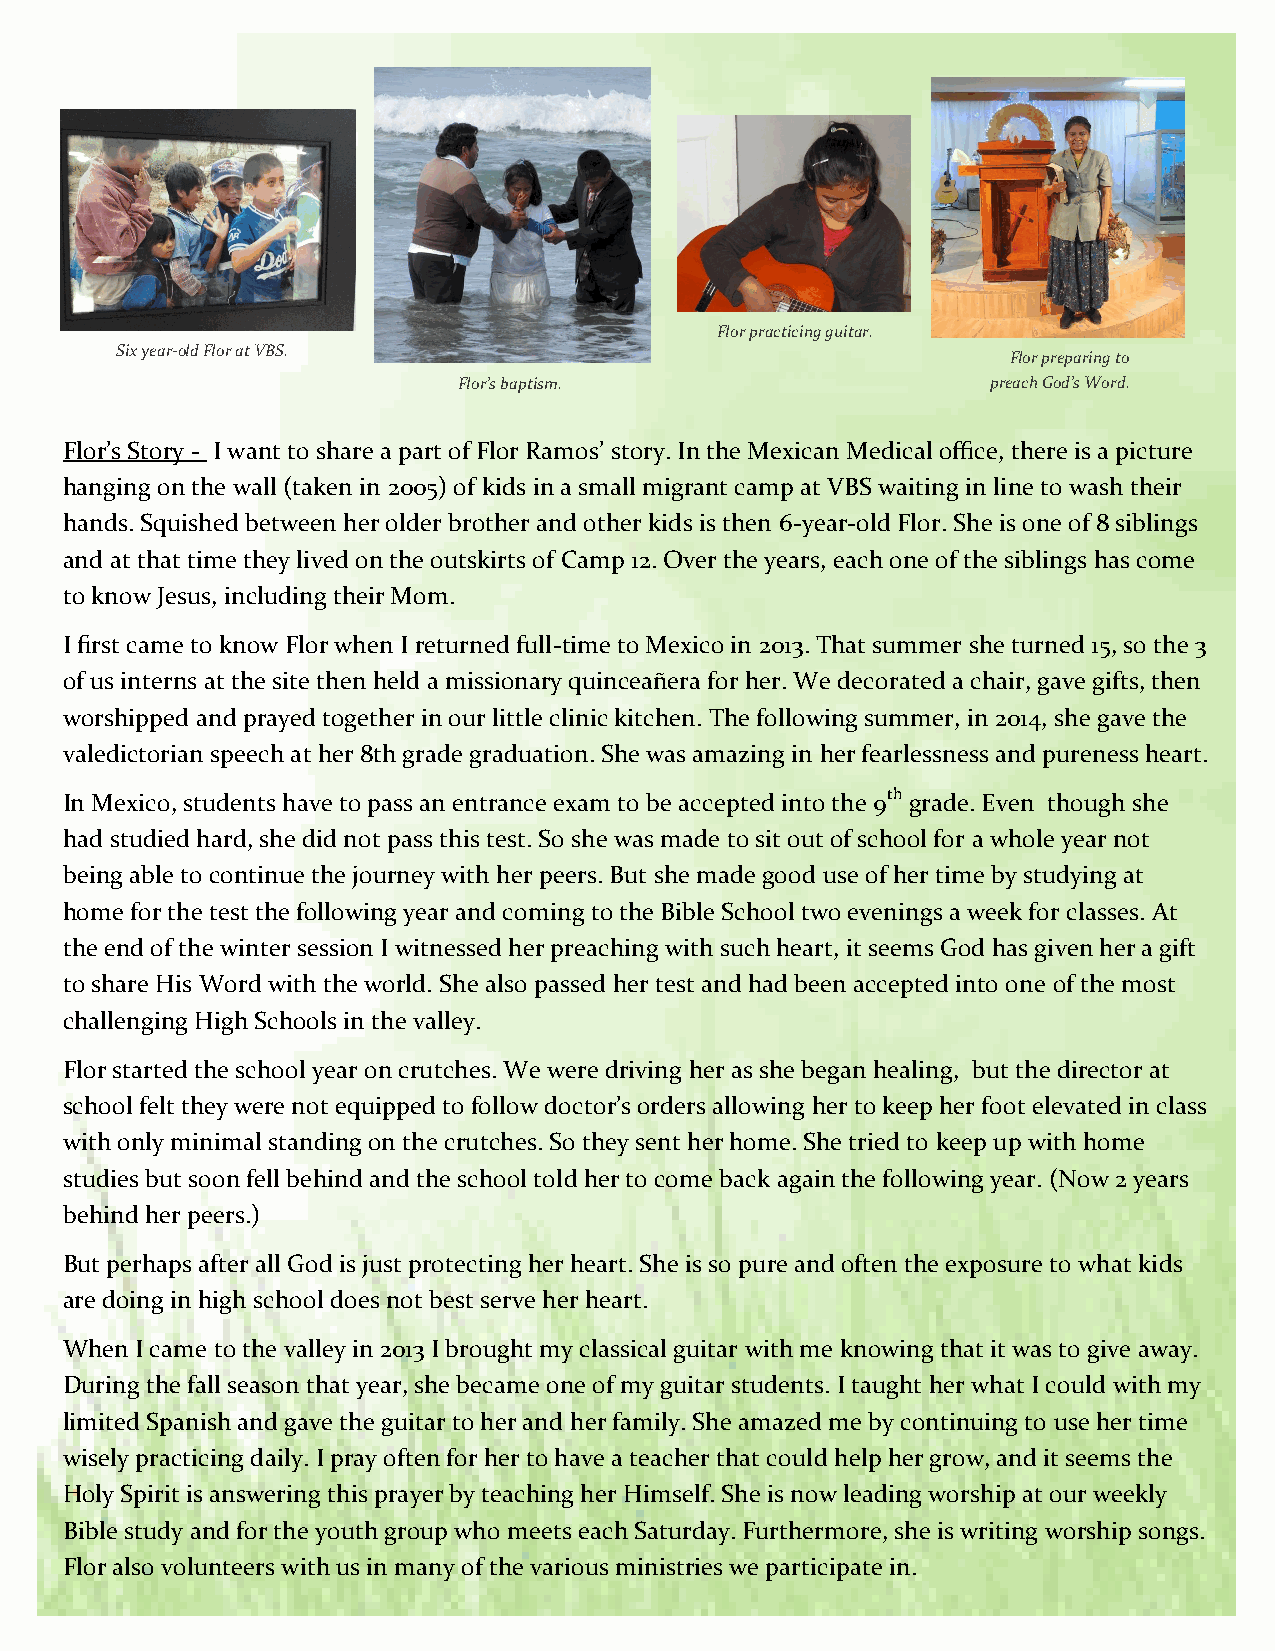
Flor practicing guitar.
 Six year-old Flor at VBS.
 Flor preparing to
 Flor’s baptism.                     preach God’s Word.
 Flor’s Story - I want to share a part of Flor Ramos’ story. In the Mexican Medical office, there is a picture
 hanging on the wall (taken in 2005) of kids in a small migrant camp at VBS waiting in line to wash their
 hands. Squished between her older brother and other kids is then 6-year-old Flor. She is one of 8 siblings
 and at that time they lived on the outskirts of Camp 12. Over the years, each one of the siblings has come
 to know Jesus, including their Mom.
 I first came to know Flor when I returned full-time to Mexico in 2013. That summer she turned 15, so the 3
 of us interns at the site then held a missionary quinceañera for her. We decorated a chair, gave gifts, then
 worshipped and prayed together in our little clinic kitchen. The following summer, in 2014, she gave the
 valedictorian speech at her 8th grade graduation. She was amazing in her fearlessness and pureness heart.
 In Mexico, students have to pass an entrance exam to be accepted into the 9th grade. Even though she
 had studied hard, she did not pass this test. So she was made to sit out of school for a whole year not
 being able to continue the journey with her peers. But she made good use of her time by studying at
 home for the test the following year and coming to the Bible School two evenings a week for classes. At
 the end of the winter session I witnessed her preaching with such heart, it seems God has given her a gift
 to share His Word with the world. She also passed her test and had been accepted into one of the most
 challenging High Schools in the valley.
 Flor started the school year on crutches. We were driving her as she began healing, but the director at
 school felt they were not equipped to follow doctor’s orders allowing her to keep her foot elevated in class
 with only minimal standing on the crutches. So they sent her home. She tried to keep up with home
 studies but soon fell behind and the school told her to come back again the following year. (Now 2 years
 behind her peers.)
 But perhaps after all God is just protecting her heart. She is so pure and often the exposure to what kids
 are doing in high school does not best serve her heart.
 When I came to the valley in 2013 I brought my classical guitar with me knowing that it was to give away.
 During the fall season that year, she became one of my guitar students. I taught her what I could with my
 limited Spanish and gave the guitar to her and her family. She amazed me by continuing to use her time
 wisely practicing daily. I pray often for her to have a teacher that could help her grow, and it seems the
 Holy Spirit is answering this prayer by teaching her Himself. She is now leading worship at our weekly
 Bible study and for the youth group who meets each Saturday. Furthermore, she is writing worship songs.
 Flor also volunteers with us in many of the various ministries we participate in.